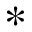
*